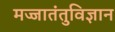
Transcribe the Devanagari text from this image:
मज्जातंतुविज्ञान